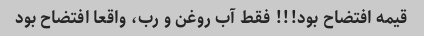
قیمه افتضاح بود!!! فقط آب روغن و رب، واقعا افتضاح بود